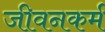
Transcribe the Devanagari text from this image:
जीवनकर्म